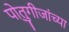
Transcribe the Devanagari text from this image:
पो्तुगीजांच्या